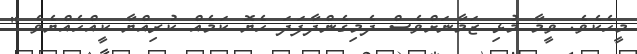
މީހެކެވެ. ވީމާ މުޅި ޒަމާނަށްވެސް ދެމިގެންދާފަދަ ހެޔޮ ކަމެއް ކުރިއްޔާ ކީއްހެއްޔެވެ ''